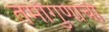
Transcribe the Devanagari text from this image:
तमोगुणाची